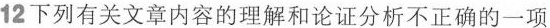
12下列有关文章内容的理解和论证分析不正确的一项